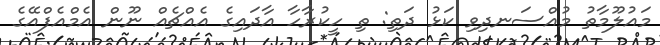
މައުލޫމާތު މުއްސަނދިވި ކަޅު ދަތި: ތި ހީކުރާހާ އާދައިގެ އެއްޗެއް ނޫން އެމްއެފްއޭގެ